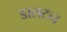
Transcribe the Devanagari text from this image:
डालटन